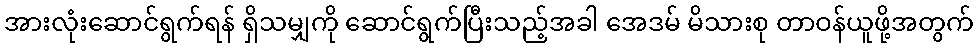
အားလုံးဆောင်ရွက်ရန် ရှိသမျှကို ဆောင်ရွက်ပြီးသည့်အခါ အေဒမ် မိသားစု တာဝန်ယူဖို့အတွက်